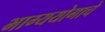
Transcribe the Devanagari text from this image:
भाग्ययोगाचे